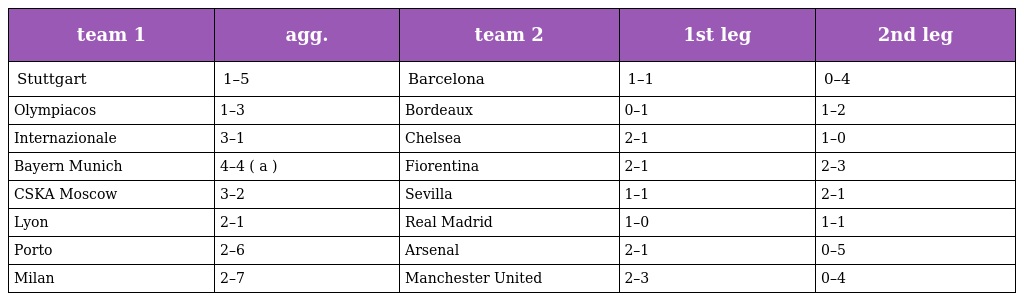
| team 1 | agg. | team 2 | 1st leg | 2nd leg |
 | --- | --- | --- | --- | --- |
 | Stuttgart | 1–5 | Barcelona | 1–1 | 0–4 |
 | Olympiacos | 1–3 | Bordeaux | 0–1 | 1–2 |
 | Internazionale | 3–1 | Chelsea | 2–1 | 1–0 |
 | Bayern Munich | 4–4 ( a ) | Fiorentina | 2–1 | 2–3 |
 | CSKA Moscow | 3–2 | Sevilla | 1–1 | 2–1 |
 | Lyon | 2–1 | Real Madrid | 1–0 | 1–1 |
 | Porto | 2–6 | Arsenal | 2–1 | 0–5 |
 | Milan | 2–7 | Manchester United | 2–3 | 0–4 |